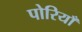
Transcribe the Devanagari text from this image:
पोरियाँ